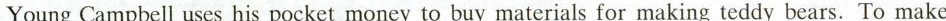
YoungCampbell uses his pocket money to buy materials for making teddy bears.To make